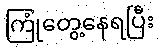
ကြုံတွေ့နေရပြီး